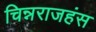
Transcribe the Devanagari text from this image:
चिन्नराजहंस